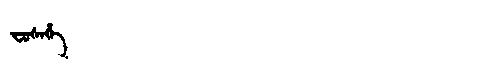
Manchu: ᠸᡠᠰᡝᡥᡝ
Romanization: FUSEHE